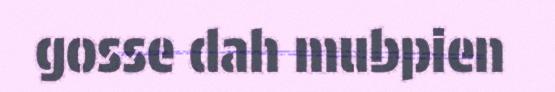
gosse dah mubpien